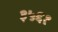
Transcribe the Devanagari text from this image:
३५६१